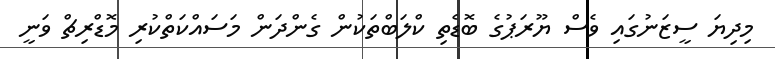
މިދިޔަ ސީޒަނުގައި ވެސް ޔޫރަޕުގެ ބޮޑެތި ކްލަބްތަކުން ގެންދަން މަސައްކަތްކުރި މޮޑްރިޗް ވަނީ